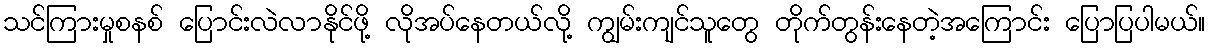
သင်ကြားမှုစနစ် ပြောင်းလဲလာနိုင်ဖို့ လိုအပ်နေတယ်လို့ ကျွမ်းကျင်သူတွေ တိုက်တွန်းနေတဲ့အကြောင်း ပြောပြပါမယ်။